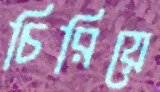
চিরিয়ে